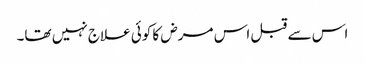
اس سے قبل اس مرض کا کوئی علاج نہیں تھا۔